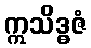
ဣသိဒ္ဓဇံ